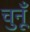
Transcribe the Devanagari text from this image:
चुनूँ